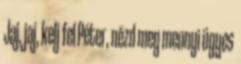
Jaj, jaj, kelj fel Péter, nézd meg mennyi ügyes